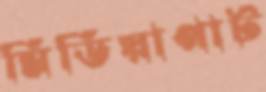
মিডিয়াপার্ট